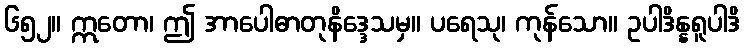
၆၅၂။ ဣတော၊ ဤ အာပေါဓာတုနိဒ္ဒေသမှ။ ပရေသု၊ ကုန်သော။ ဥပါဒိန္နရူပါဒိ